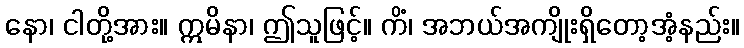
နော၊ ငါတို့အား။ ဣမိနာ၊ ဤသူဖြင့်။ ကိံ၊ အဘယ်အကျိုးရှိတော့အံ့နည်း။